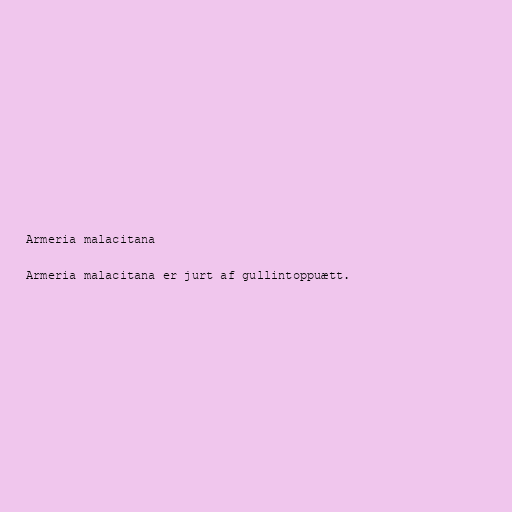
Armeria malacitana

Armeria malacitana er jurt af gullintoppuætt.